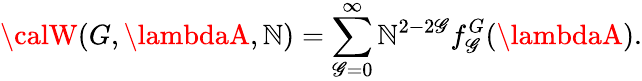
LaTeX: {\calW}(G,\lambdaA,\mathbb{N})=\sum_{\mathscr{G}=0}^{\infty}\mathbb{N}^{2-2\mathscr{G}}f_{\mathscr{G}}^{G}(\lambdaA).